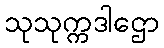
သုသုက္ကဒါဌော